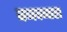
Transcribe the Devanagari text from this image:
बनवनारा